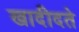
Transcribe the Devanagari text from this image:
खादीदते